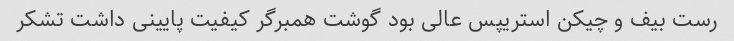
رست بیف و چیکن استریپس عالی بود گوشت همبرگر کیفیت پایینی داشت تشکر